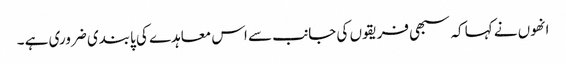
انھوں نے کہا کہ سبھی فریقوں کی جانب سے اس معاہدے کی پابندی ضروری ہے ۔